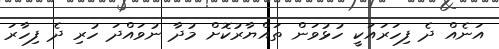
އަނެއް ދެ ފިހަރައަކީ ހުޅުވަން ތައްޔާރުކޮށް މުދާ ނުވައްދަ ހުރި ދެ ފިހާރަ